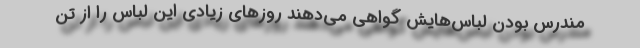
مندرس بودن لباس‌هایش گواهی می‌دهند روزهای زیادی این لباس را از تن